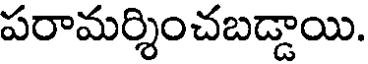
పరామర్శించబడ్డాయి.